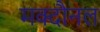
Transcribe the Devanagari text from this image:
मक्दौनल